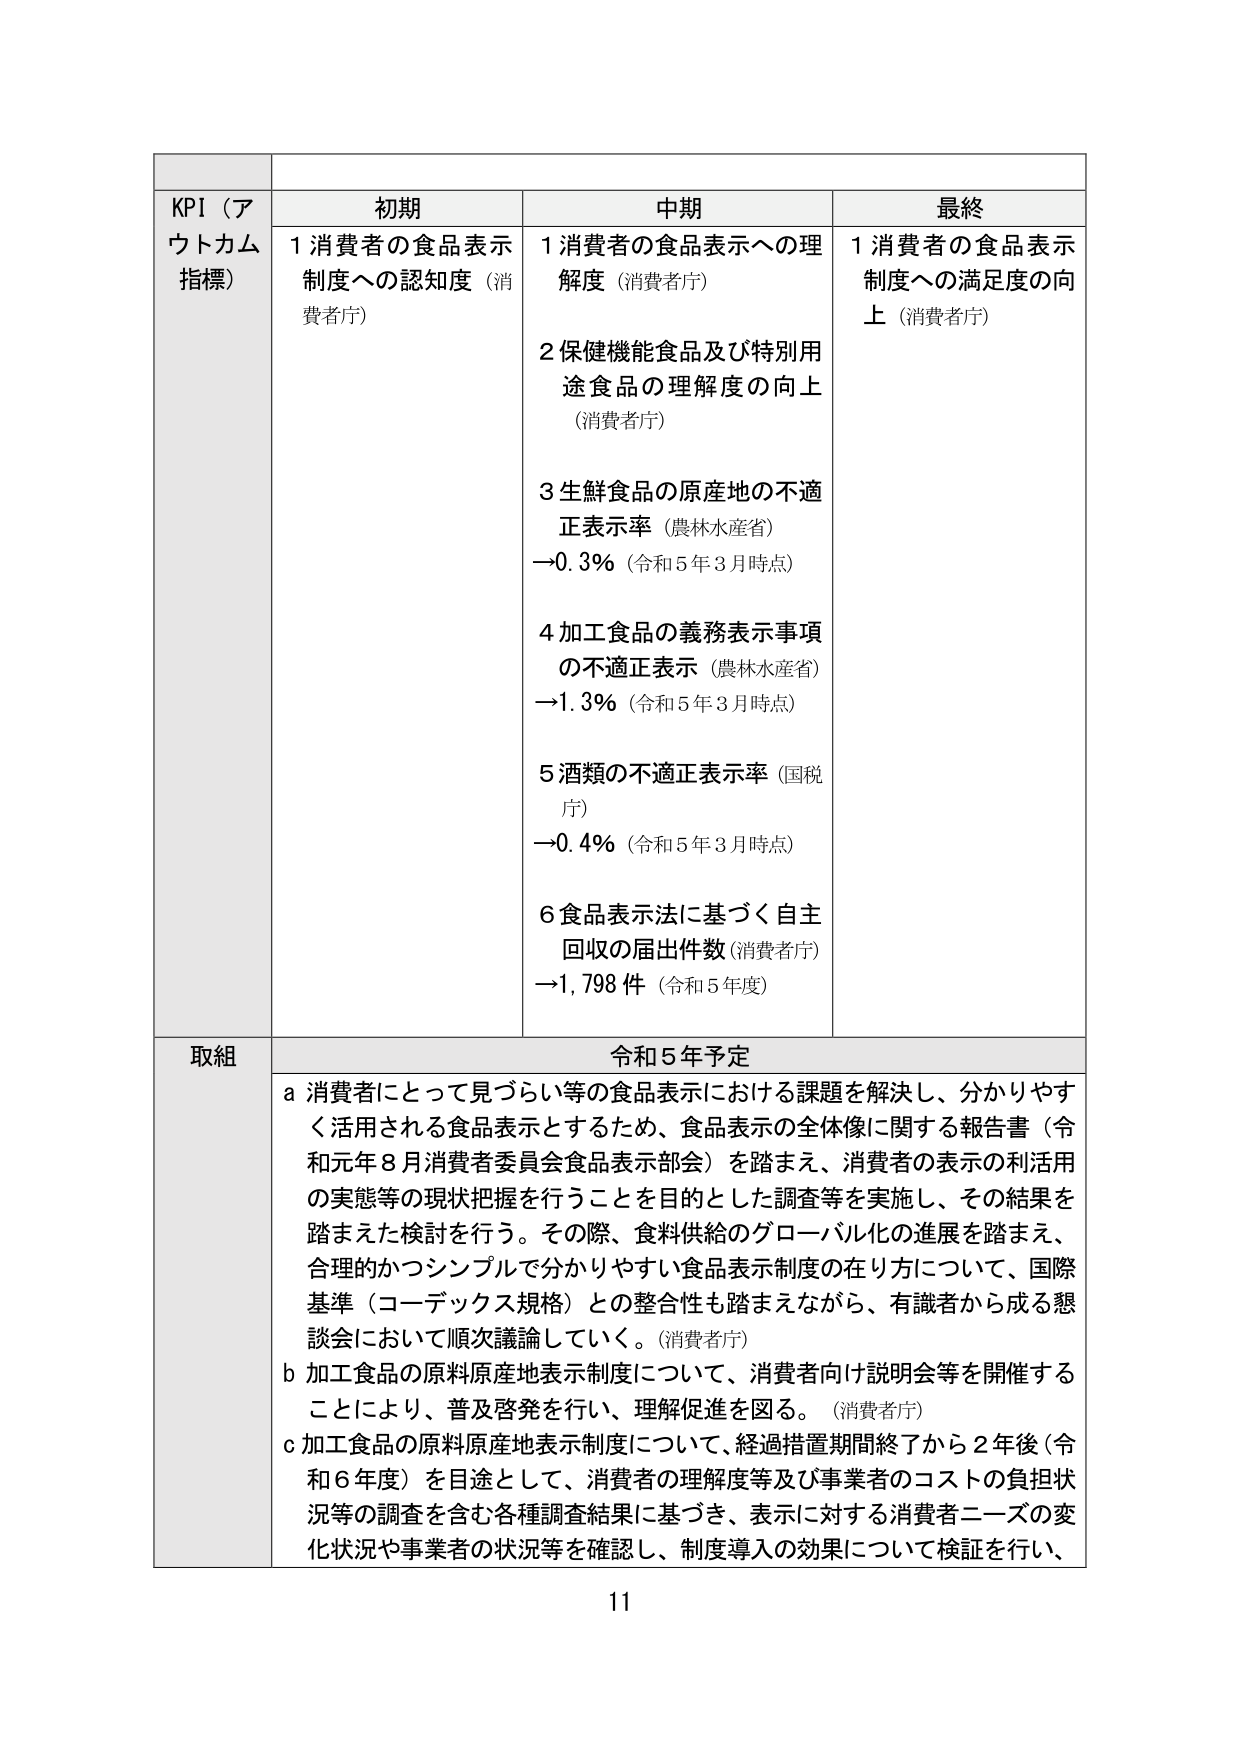
KPI（アウトカム指標）
初期
中期
最終
1 消費者の食品表示制度への認知度（消費者庁）
1 消費者の食品表示への理解度（消費者庁）
2 保健機能食品及び特別用途食品の理解度の向上（消費者庁）
3 生鮮食品の原産地の不適正表示率（農林水産省）→0.3%（令和5年3月時点）
4 加工食品の義務表示事項の不適正表示（農林水産省）→1.3%（令和5年3月時点）
5 酒類の不適正表示率（国税庁）→0.4%（令和5年3月時点）
6 食品表示法に基づく自主回収の届出件数（消費者庁）→1,798件（令和5年度）
1 消費者の食品表示制度への満足度の向上（消費者庁）
取組
令和5年予定
a 消費者にとって見づらい等の食品表示における課題を解決し、分かりやすく活用される食品表示とするため、食品表示の全体像に関する報告書（令和元年8月消費者委員会食品表示部会）を踏まえ、消費者の表示の利活用の実態等の現状把握を行うことを目的とした調査等を実施し、その結果を踏まえた検討を行う。その際、食料供給のグローバル化の進展を踏まえ、合理的かつシンプルで分かりやすい食品表示制度の在り方について、国際基準（コーデックス規格）との整合性も踏まえながら、有識者から成る懇談会において順次議論していく。（消費者庁）
b 加工食品の原料原産地表示制度について、消費者向け説明会等を開催することにより、普及啓発を行い、理解促進を図る。（消費者庁）
c 加工食品の原料原産地表示制度について、経過措置期間終了から2年後（令和6年度）を目途として、消費者の理解度等及び事業者のコストの負担状況等の調査を含む各種調査結果に基づき、表示に対する消費者ニーズの変化状況や事業者の状況等を確認し、制度導入の効果について検証を行い、
11